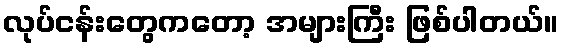
လုပ်ငန်းတွေကတော့ အများကြီး ဖြစ်ပါတယ်။